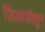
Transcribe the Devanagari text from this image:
ज़िआओतुन